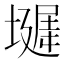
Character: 𪤞